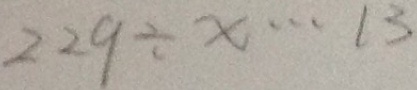
2 2 9 \div x \cdots 1 3